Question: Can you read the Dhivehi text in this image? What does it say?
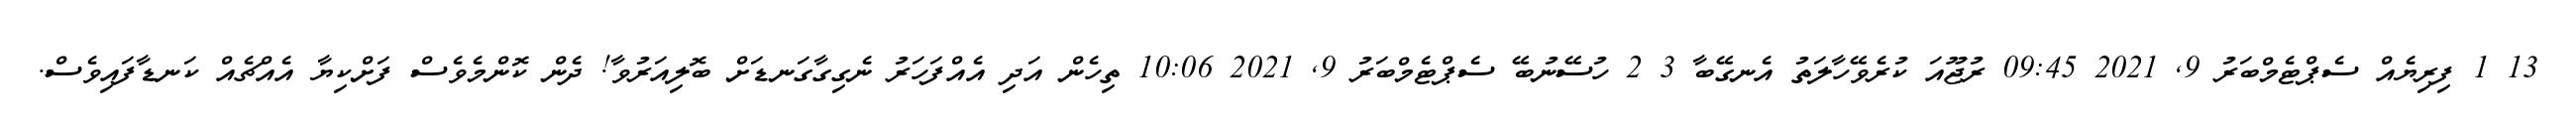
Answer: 13 1 ފިރިޔެއް ސެޕްޓެމްބަރު 9, 2021 09:45 ރުޖޫއަ ކުރެވޭހާލަތު އެނގޭބާ 3 2 ހުސޭނުބޭ ސެޕްޓެމްބަރު 9, 2021 10:06 ތިހެން އަދި އެއްފަހަރު ނެގިގާގަނޑަށް ބޮލިއަރުވާ! ދެން ކޮންމެވެސް ފަށްކިޔާ އެއްޗެއް ކަނޑާފައިވެސް.